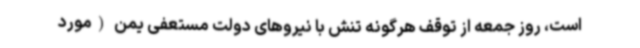
است، روز جمعه از توقف هرگونه تنش با نیروهای دولت مستعفی یمن (مورد